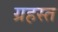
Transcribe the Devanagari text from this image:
ग्रहस्त